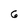
Character: 6